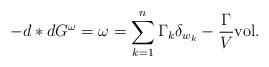
LaTeX: \begin{align*}-d*dG^\omega =\omega=\sum_{k=1}^n \Gamma_k \delta_{w_k}- \frac{\Gamma}{V} {\rm vol}.\end{align*}